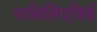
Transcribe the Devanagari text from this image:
मासिलिएसिई